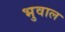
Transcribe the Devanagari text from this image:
भुवाल